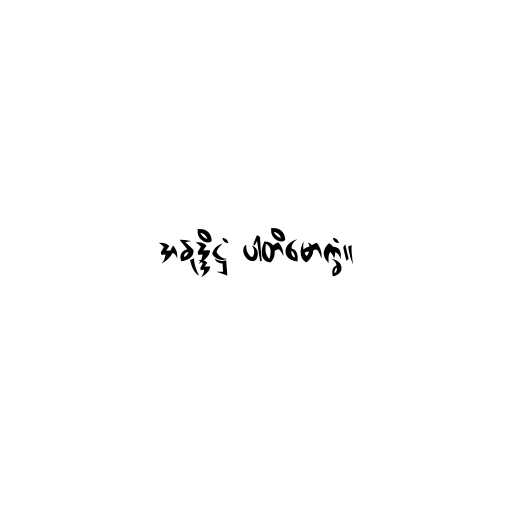
အနုဒ္ဒိဋ္ဌံ ပါတိမောက္ခံ။